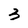
Character: 3